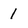
Character: 1